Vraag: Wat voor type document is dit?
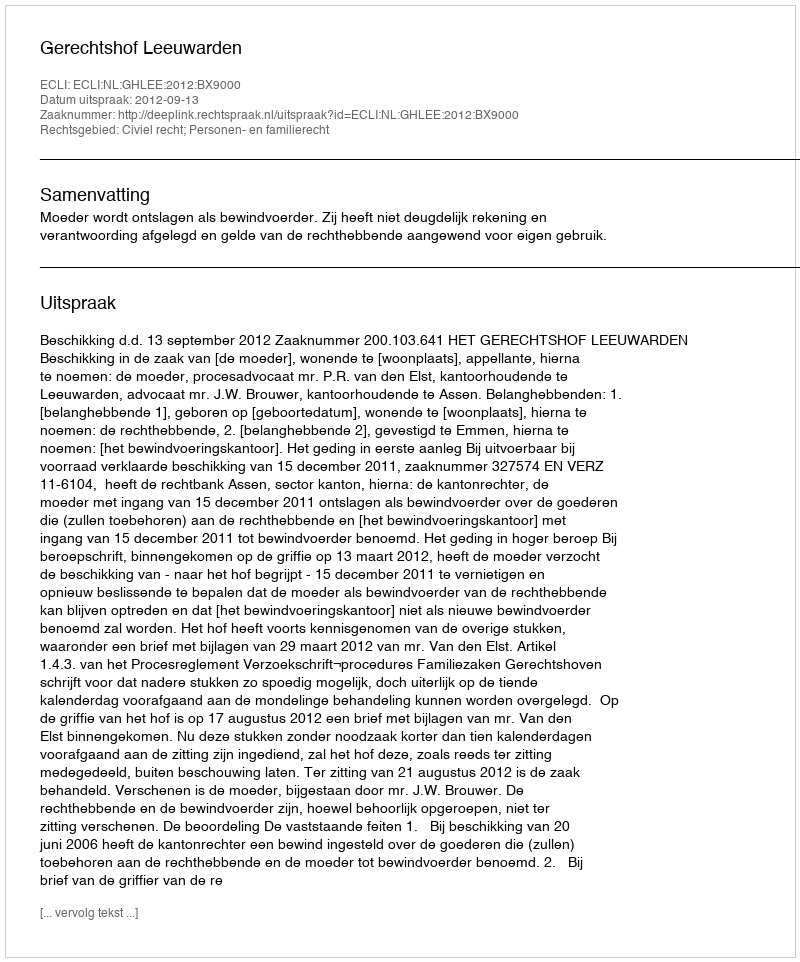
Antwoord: Uitspraak